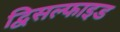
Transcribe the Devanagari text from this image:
द्विसल्फाइड